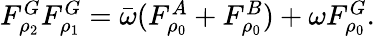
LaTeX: \begin{array}{r}{F_{\rho_{2}}^{G}F_{\rho_{1}}^{G}=\bar{\omega}(F_{\rho_{0}}^{A}+F_{\rho_{0}}^{B})+\omega F_{\rho_{0}}^{G}.}\end{array}